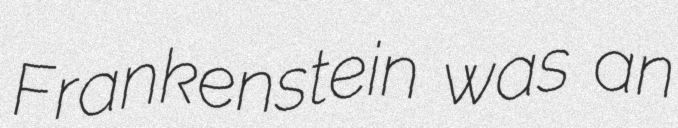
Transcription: Frankenstein was an